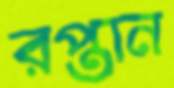
রপ্তান